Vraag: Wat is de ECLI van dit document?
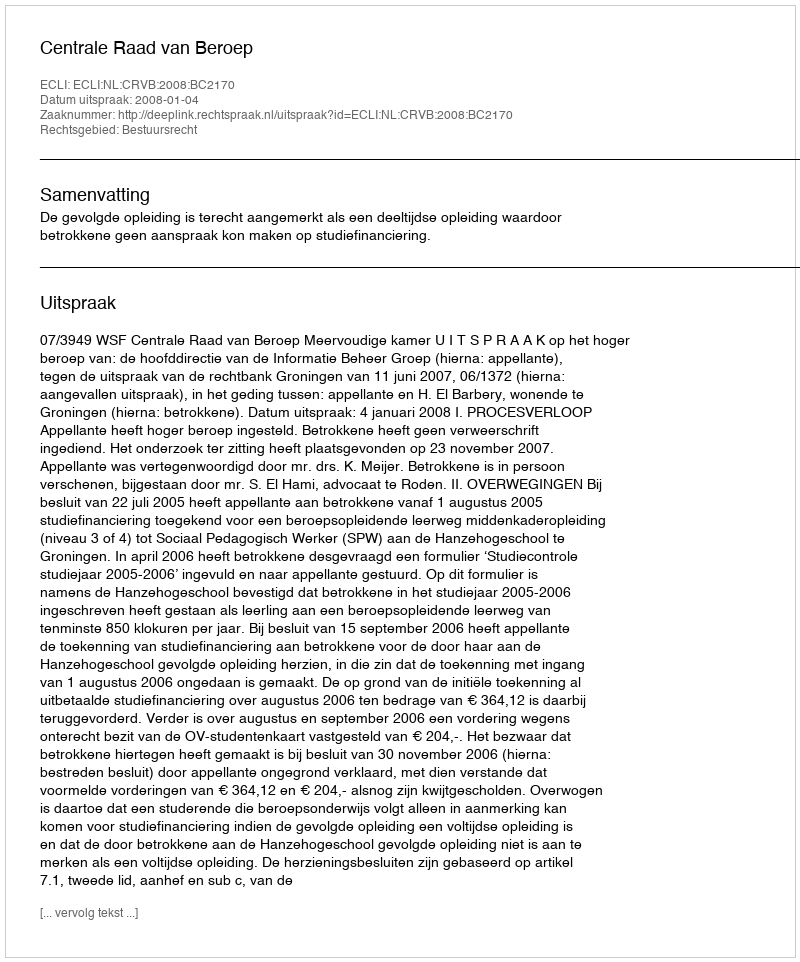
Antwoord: ECLI:NL:CRVB:2008:BC2170